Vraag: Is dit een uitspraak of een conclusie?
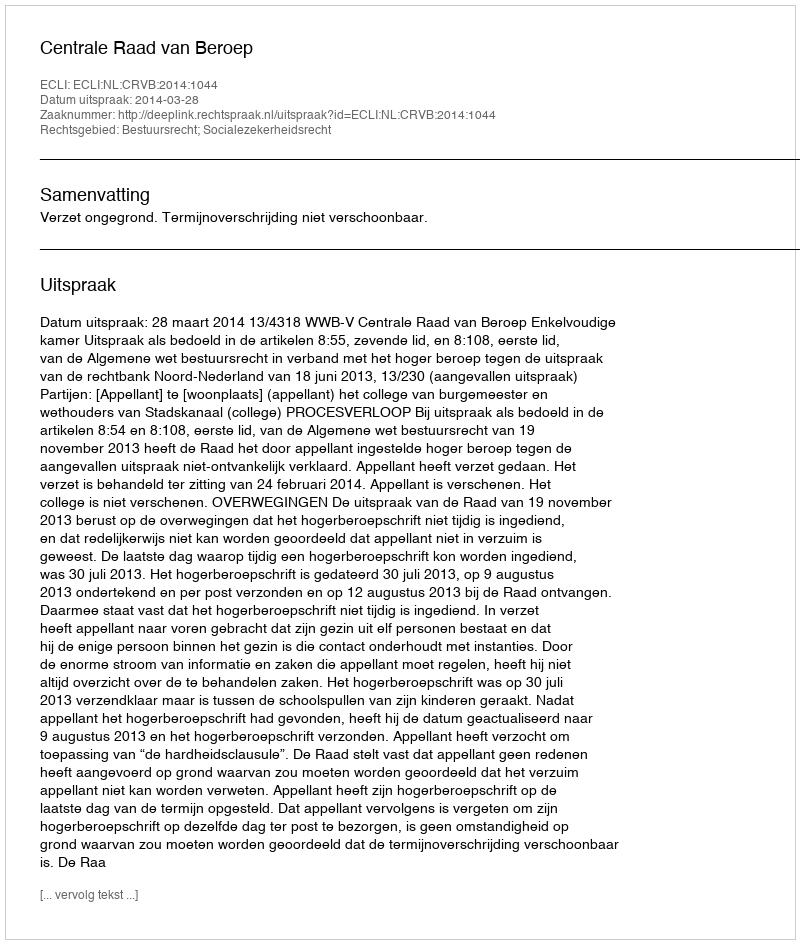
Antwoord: Uitspraak